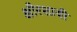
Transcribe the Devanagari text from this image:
क्षीरशायी